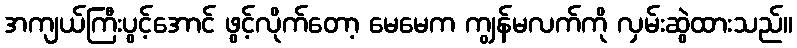
အကျယ်ကြီးပွင့်အောင် ဖွင့်လိုက်တော့ မေမေက ကျွန်မလက်ကို လှမ်းဆွဲထားသည်။